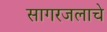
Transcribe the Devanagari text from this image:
सागरजलाचे